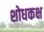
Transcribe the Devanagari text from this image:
शोधकक्ष